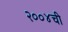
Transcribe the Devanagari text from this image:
२००४ची